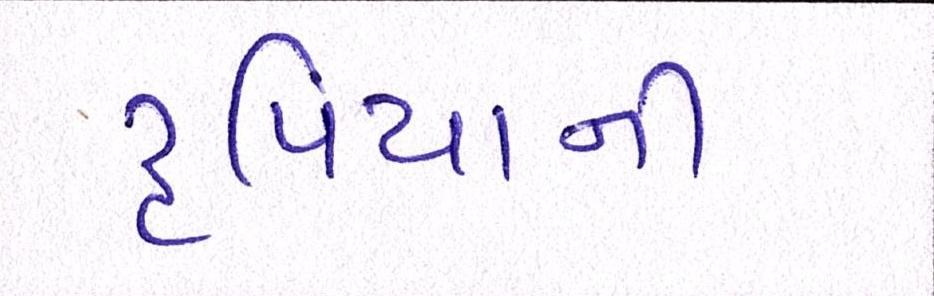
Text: રૃપિયાની